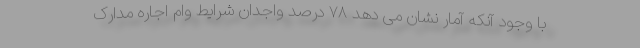
با وجود آنکه آمار نشان می دهد ۷۸ درصد واجدان شرایط وام اجاره مدارک